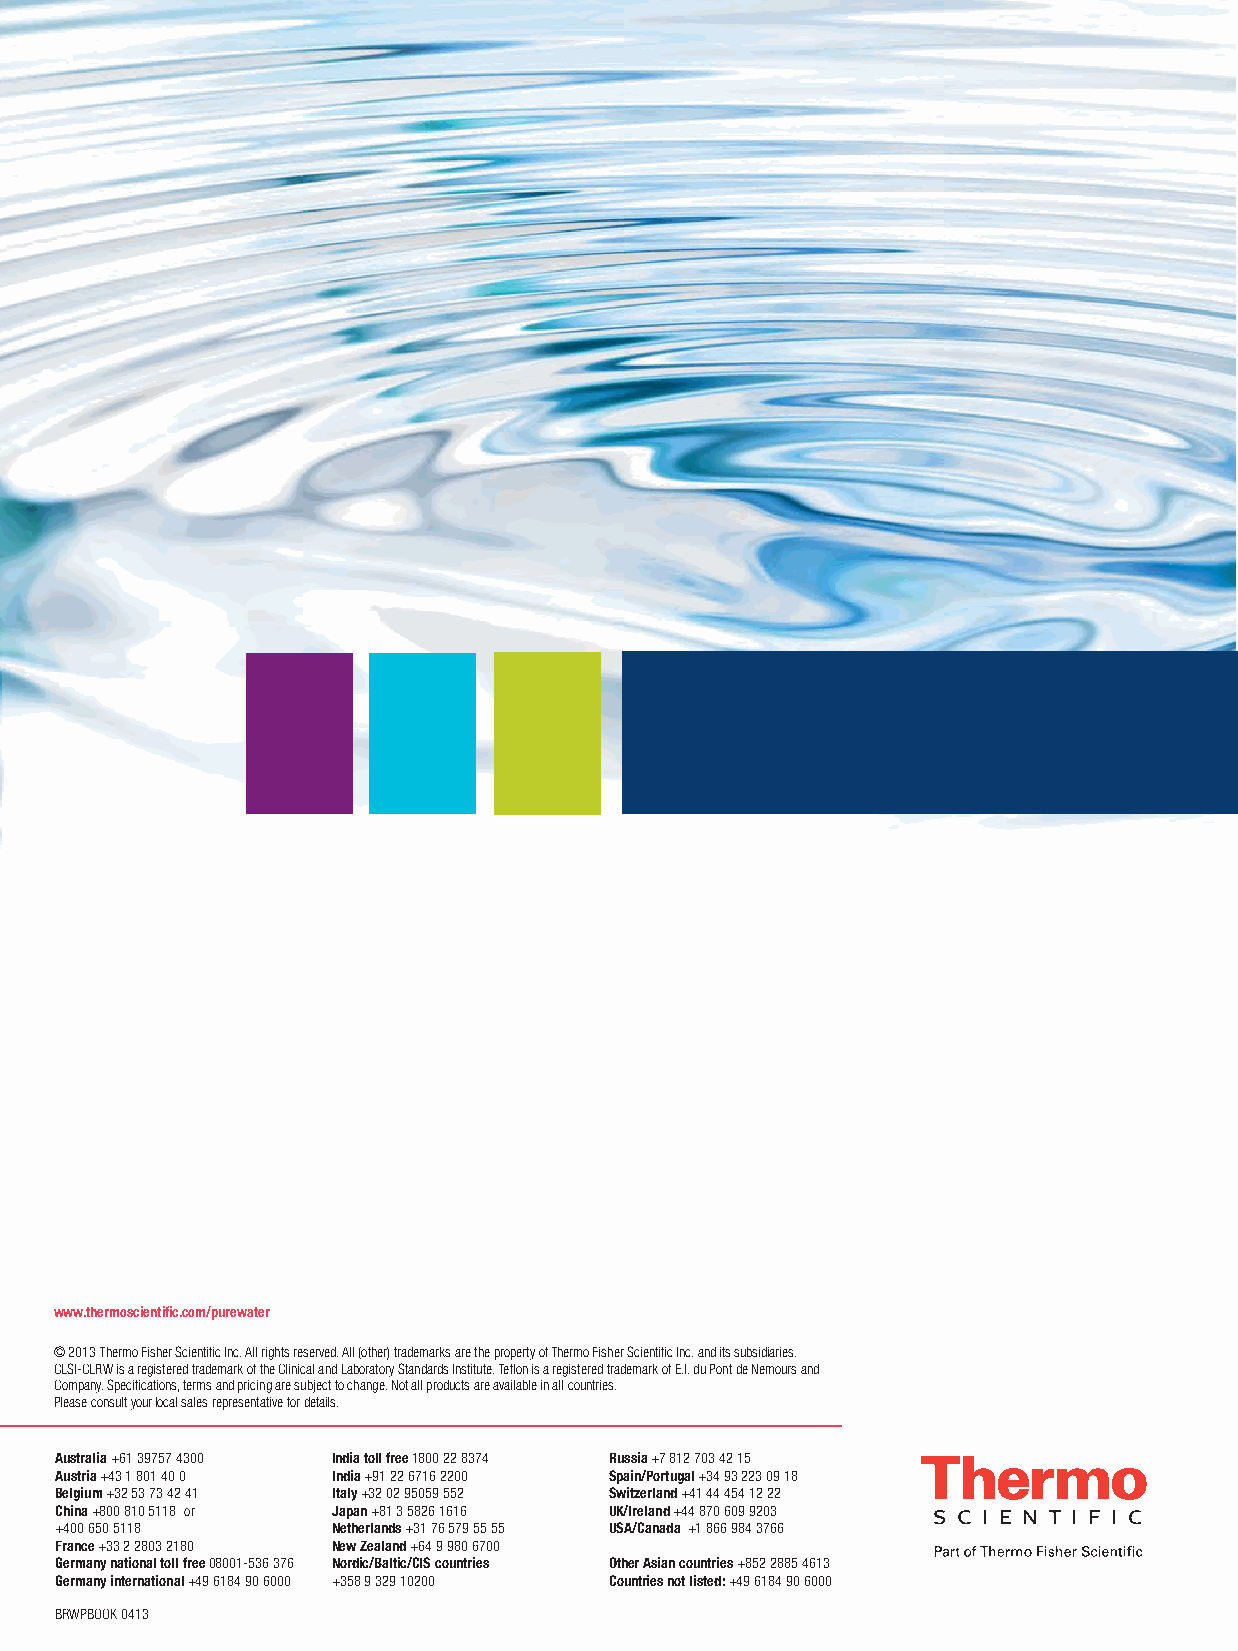
www.thermoscientific.com/purewater
 © 2013 Thermo Fisher Scientific Inc. All rights reserved. All (other) trademarks are the property of Thermo Fisher Scientific Inc. and its subsidiaries.
 CLSI-CLRW is a registered trademark of the Clinical and Laboratory Standards Institute. Teflon is a registered trademark of E.I. du Pont de Nemours and
 Company. Specifications, terms and pricing are subject to change. Not all products are available in all countries.
 Please consult your local sales representative for details.
 Australia+61 39757 4300 India toll free 1800 22 8374 Russia +7 812 703 42 15
 Austria+43 1 801 40 0 India+91 22 6716 2200 Spain/Portugal+34 93 223 09 18
 Belgium+32 53 73 42 41 Italy +32 02 95059 552 Switzerland+41 44 454 12 22
 China+800 810 5118 or Japan+81 3 5826 1616 UK/Ireland+44 870 609 9203
 +400 650 5118     Netherlands+31 76 579 55 55 USA/Canada +1 866 984 3766
 France+33 2 2803 2180 New Zealand+64 9 980 6700
 Germany national toll free08001-536 376 Nordic/Baltic/CIS countries Other Asian countries+852 2885 4613
 Germany international+49 6184 90 6000 +358 9 329 10200 Countries not listed:+49 6184 90 6000
 BRWPBOOK 0413